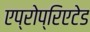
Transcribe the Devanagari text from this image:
एप्रोप्रिएटेड